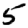
Digit: 5